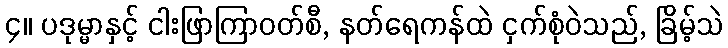
၄။ ပဒုမ္မာနှင့် ငါးဖြာကြာဝတ်စီ, နတ်ရေကန်ထဲ ငှက်စုံဝဲသည်, ခြိမ့်သဲ